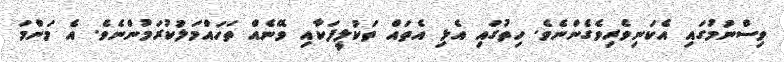
ވިސްނުމުގައި އެކަނިވެރިވެގެންނެވެ. ހިތުގައި އެޅި އެތައް ތަކުލީފަކާއި ވޭނެއް ތަހައްމަލުކުރަމުންނެވެ. އެ މަންމަ